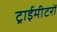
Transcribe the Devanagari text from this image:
ट्राईमीटरों